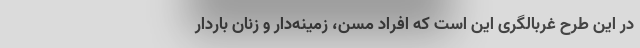
در این طرح غربالگری این است که افراد مسن، زمینه‌دار و زنان باردار